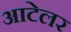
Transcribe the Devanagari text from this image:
आटेलर